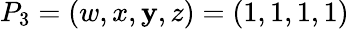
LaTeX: P_{3}=(w,x,\mathbf{y},z)=(1,1,1,1)